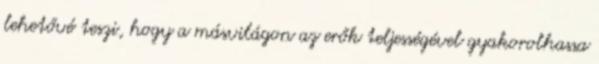
lehetővé teszi, hogy a másvilágon az erők teljességével gyakorolhassa